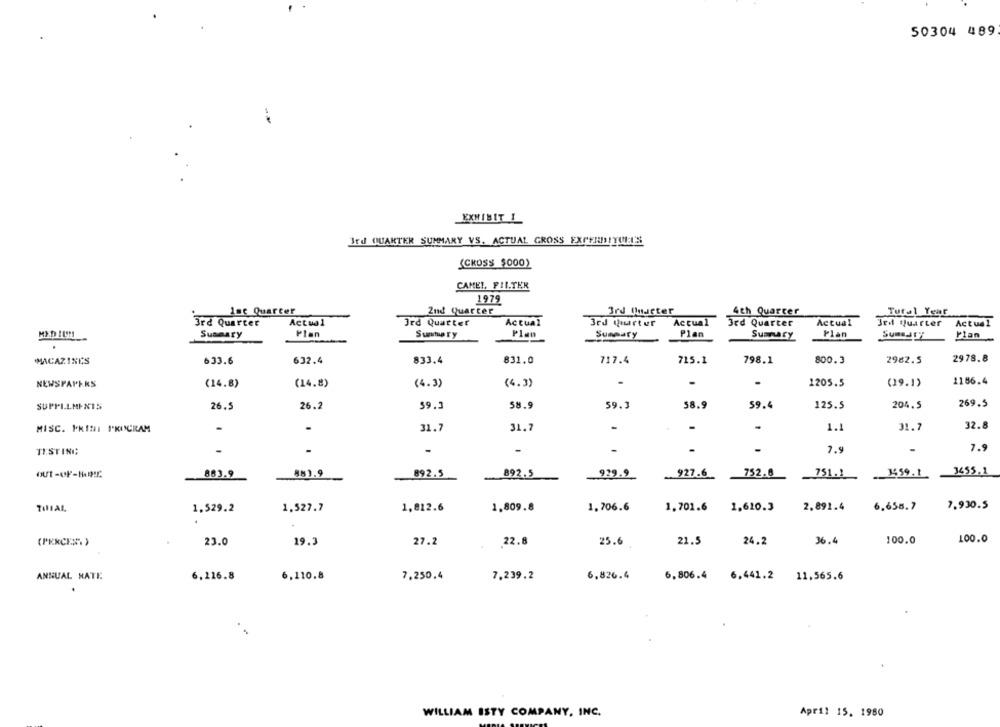
50304 489
EXHIBIT 1
Jrd QUARTER SUMMARY VS. ACTUAL GROSS EXPFRUIYULI'S
(CROSS $000)
CAMEL, FILTER
1979
1st Quarter
2nd Quarter
3rd Charter
4th Quarter
Tural Year
3rd Quarter
Actual
Ird Quarter
Actual
3rd turtur
Actual
3rd Quarter
Actual
Jrd Quarter
Actual
Summary
Plan
Summary
Plan
Summary
Plan
Plan
Plan
Summary
Summary
MACAZINES
633.6
632.4
833.4
831.0
717.4
715.1
798.1
800.3
2962.5
2978.8
NEWSPAPERS
(14.8)
(14.8)
(4.3)
(4.3)
1205.5
(29.1)
2186.4
SUPPLLMINIS
26.5
26.2
59.3
58.9
59.3
58.9
59.4
125.5
204.5
269.5
MISC. PKINI S'KUSCRAM
31.7
31.7
-
-
1.1
31.7
32.8
TESTING:
-
.
7.9
7.9
881.9
892.5
892.5
929.9
927.6
752.8
3455.1
out-OF-HOC
883.9
751.1
3459.1.
1,527.7
1,812.6
1,809.8
1.706.6
1.701.6
1.620.3
2.891.4
6.658.7
7.930.5
1,529.2
(PRKCH;)
23.0
19.3
27.2
22.8
25.6
21.5
24.2
36.4
100.0
100.0
ANNUAL RATE
6,216.8
6,110.8
7,250,4
7,239.2
6,826.4
6,806.4 6,441.2 11,565.6
April 15. 1980
WILLIAM ISTY COMPANY, INC.